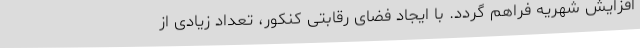
افزایش شهریه فراهم گردد. با ایجاد فضای رقابتی کنکور، تعداد زیادی از